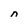
Character: n